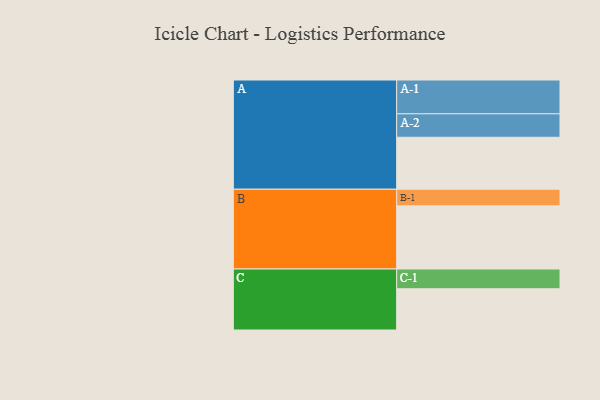
{"axis": {"x": "Segment", "y": "Value"}, "legend": ["", "A", "B", "C"], "data": [{"x": "A", "y": 432, "type": ""}, {"x": "B", "y": 525, "type": ""}, {"x": "C", "y": 343, "type": ""}, {"x": "A-1", "y": 281, "type": "A"}, {"x": "A-2", "y": 195, "type": "A"}, {"x": "B-1", "y": 138, "type": "B"}, {"x": "C-1", "y": 164, "type": "C"}]}